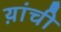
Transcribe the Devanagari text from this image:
य़ांची